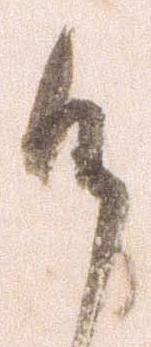
候